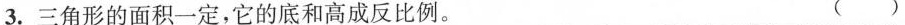
3. 三角形的面积一定，它的底和高成反比例。 ( )